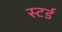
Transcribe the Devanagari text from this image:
स्टर्ड